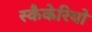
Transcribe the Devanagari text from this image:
स्कैकेरियो